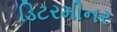
ડિટરમીનર